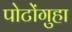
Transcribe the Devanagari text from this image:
पोटोंगुहा